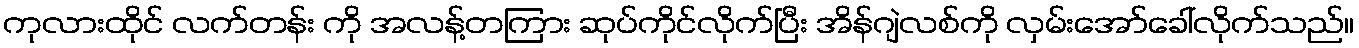
ကုလားထိုင် လက်တန်း ကို အလန့်တကြား ဆုပ်ကိုင်လိုက်ပြီး အိန်ဂျဲလစ်ကို လှမ်းအော်ခေါ်လိုက်သည်။